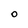
Character: O